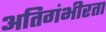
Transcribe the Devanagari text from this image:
अतिगंभीरता